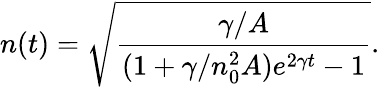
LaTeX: n(t)=\sqrt{\frac{\gamma/A}{(1+\gamma/n_{0}^{2}A)e^{2\gamma t}-1}}.